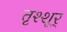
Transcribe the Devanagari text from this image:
तृश्शूर्